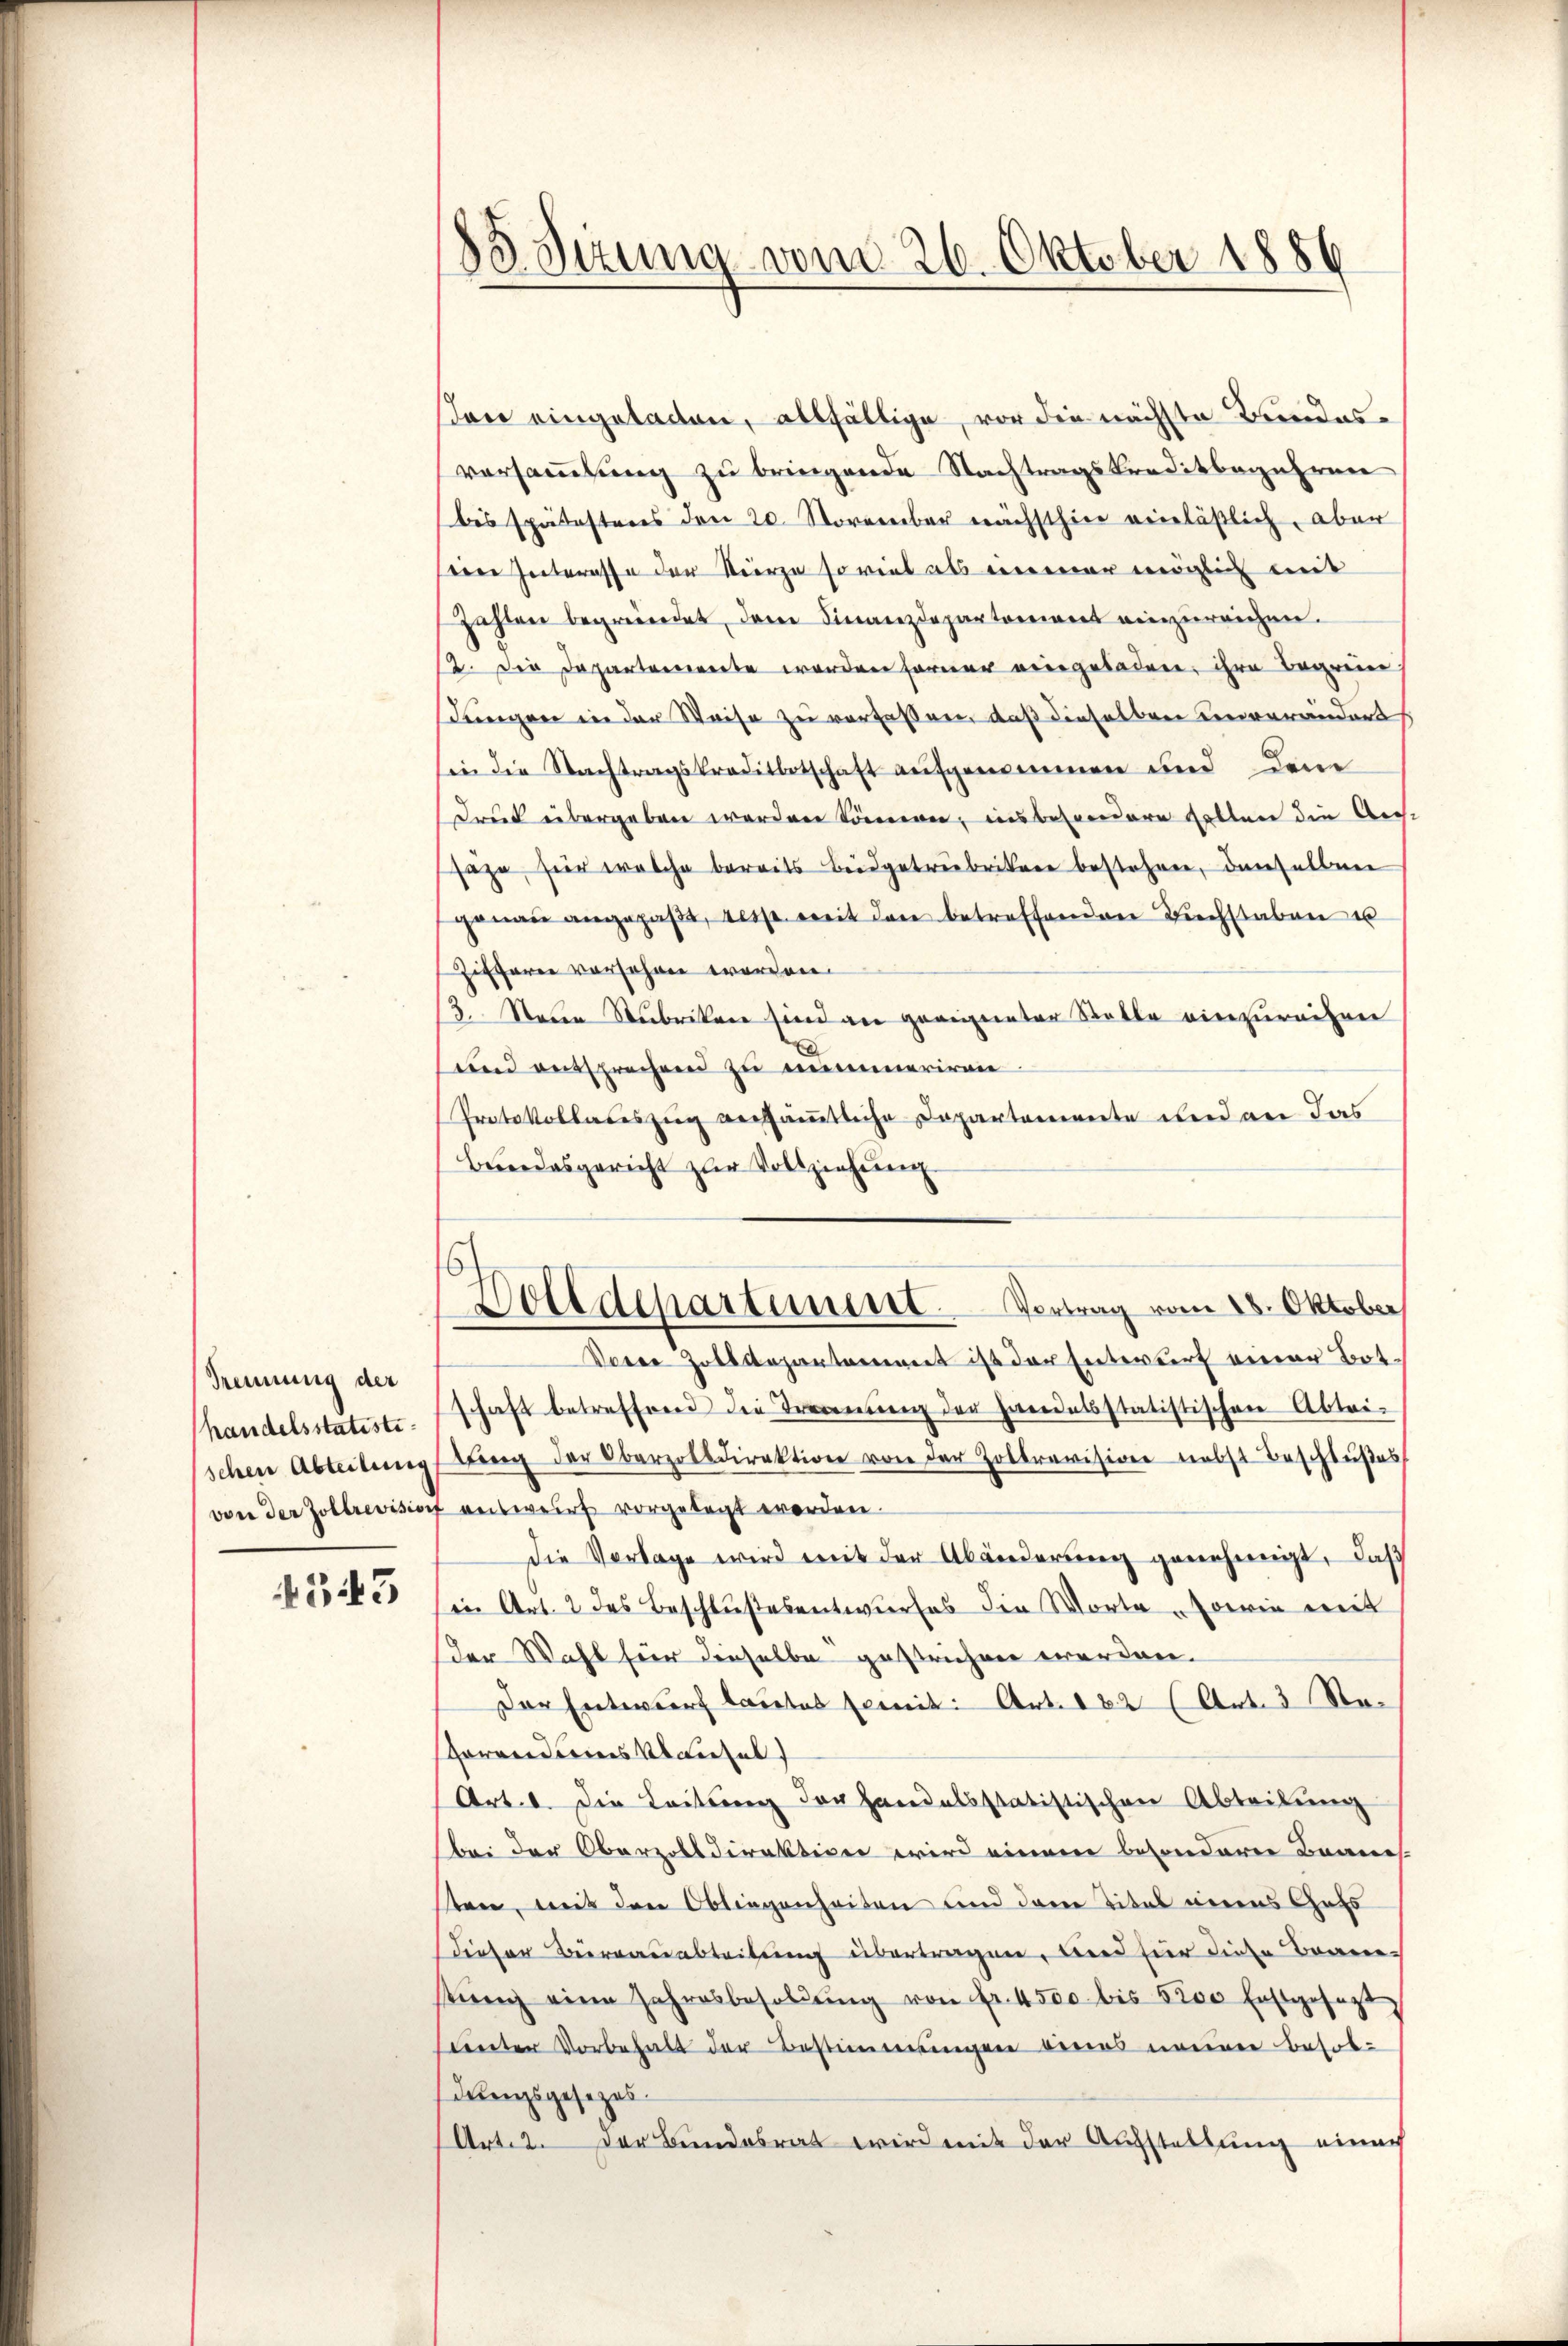
Trennung der
handelsstatistischen Abteilen

4343

85 Sizung vom 26. Oktober 1886

Dolldepartement. Vortrag vom 18. Oktober

Von eingeladen, allfällige, vor die nächste Bundesversammlung zu bringende Nachtragskreditbegehren
bis spätestens den 20. November nächsthier verläßlich, aber
ne Interrasse der Kurze so viel als einmar möglich mit
zahlen begründet, dem Finanzdepartement einzureichen.
2. Die Departenwerte worden ferner vergebadere, ihre Begrei
dungen in der Weise zu verfaßen, daß dieselben unverändert
in die Nachtragskreditbetschaft aufgenommen und dem
Druck übergeben werden können, insbesonderen Fallen die An-
sage, hier welche bereits Beidgetrubriker bestehen, denselben
genau angepaβt, dass mit den betreffenden Kirchstaben e
Zifferen versehen worden.
3. Neuen Rubriken sind an geeigneter Statte einzureihen
und entsprechend zu mommerirre
Protokollateszug versämmtliche Departemente und an das
Bundesgericht zur Vollziehung
Vorer Zolldepartament ist der Entwurf einer Botschaft betreffend die Trennung der handelsstatistischen Abtri-
bing der Oberzolldirektion von der Zollrevision nebst Beschlußes
von der Zollrevision auswurf vorgelegt worden.
die Vorlage wird mit der Abänderung genehmigt, daß
in Art. 2 des Beschlußesentwurfes die Worte sowie mit
der Wahl für dieselbe gestrichen werden.
Der Entwurf lautes semit: Art. 122 (Art. 3 Rehorandans auchel
Art. 1. Die Leitung der Handelsstatistischen Abteilung
bei der Oberzolldirektion wird einem besonderer Bannes-
ten, mit den Obliegenheiten und dem Titel eines Guts
dieser Bureauabteilung übertragen, wird für diese Brantŭng eine Jahresbesoldŭng von fr. 4500 bis 5200 Erstgesetzt
santer Vorbehalt der Bestimmungen eines meiner Besolderungsgesezes.
Art. 2. Der Bundesrat wird mit der Aufstellung einer